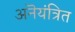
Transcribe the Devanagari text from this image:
अनॆयंत्रित